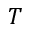
T